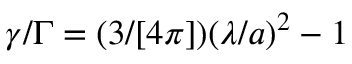
\gamma / \Gamma = ( 3 / [ 4 \pi ] ) ( \lambda / a ) ^ { 2 } - 1